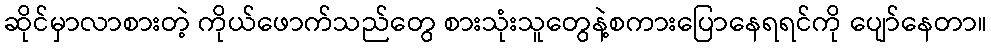
ဆိုင်မှာလာစားတဲ့ ကိုယ်ဖောက်သည်တွေ စားသုံးသူတွေနဲ့စကားပြောနေရရင်ကို ပျော်နေတာ။